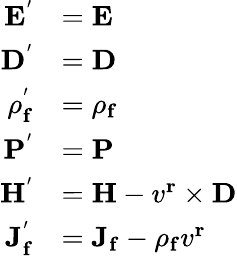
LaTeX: {\begin{array}{rl}{\mathbf{E^{'}}}&{=\mathbf{E}}\\ {\mathbf{D^{'}}}&{=\mathbf{D}}\\ {\mathbf{\rho_{f}^{'}}}&{=\mathbf{\rho_{f}}}\\ {\mathbf{P^{'}}}&{=\mathbf{P}}\\ {\mathbf{H^{'}}}&{=\mathbf{H}-v^{\mathbf{r}}\times\mathbf{D}}\\ {\mathbf{J_{f}^{'}}}&{=\mathbf{J_{f}}-\rho_{\mathbf{f}}v^{\mathbf{r}}}\end{array}}